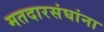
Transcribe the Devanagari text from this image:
मतदारसंघांना